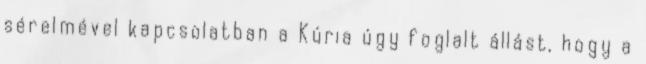
sérelmével kapcsolatban a Kúria úgy foglalt állást, hogy a